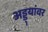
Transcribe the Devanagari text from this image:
अड्ड्यांवर